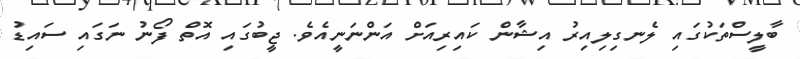
ބާލީސްތަކުގައި ލެނގިލިއިރު އިޝާން ކައިރިއަށް އަންނަނީއެވެ. ޖީބުގައި އޮތް ފޯނު ނަގައި ސައިޑު